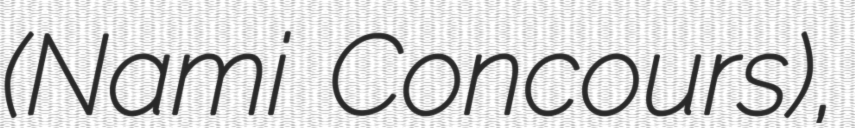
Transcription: (Nami Concours),